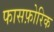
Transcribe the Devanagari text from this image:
फासफ़ोरिक